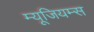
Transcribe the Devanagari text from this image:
म्यूजियम्स